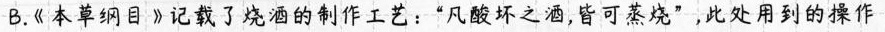
B.《本草纲目》记载了烧酒的制作工艺：”凡酸坏之酒，皆可蒸烧”，此处用到的操作